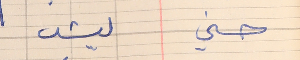
حسني    ليش